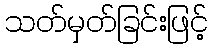
သတ်မှတ်ခြင်းဖြင့်